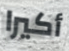
أكيرا